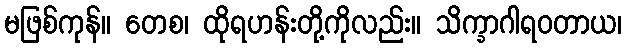
မဖြစ်ကုန်။ တေစ၊ ထိုရဟန်းတို့ကိုလည်း။ သိက္ခာဂါရဝတာယ၊